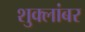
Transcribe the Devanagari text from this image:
शुक्लांबर